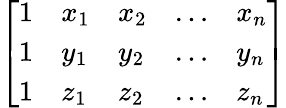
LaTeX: \left[\begin{array}{lllll}{1}&{x_{1}}&{x_{2}}&{\dots}&{x_{n}}\\ {1}&{y_{1}}&{y_{2}}&{\dots}&{y_{n}}\\ {1}&{z_{1}}&{z_{2}}&{\dots}&{z_{n}}\end{array}\right]